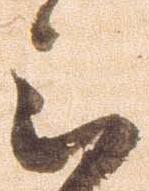
被